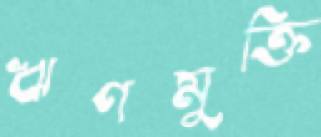
ঋণমুক্তি